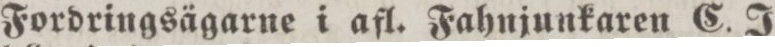
Fordringsägarne i afl. Fahnjunkaren C. J.